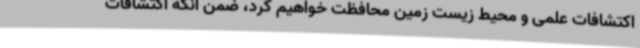
اکتشافات علمی و محیط زیست زمین محافظت خواهیم کرد، ضمن آنکه اکتشافات